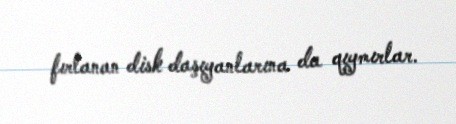
fırlanan disk daşıyanlarına da qıymırlar.